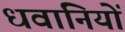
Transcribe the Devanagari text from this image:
धवानियों